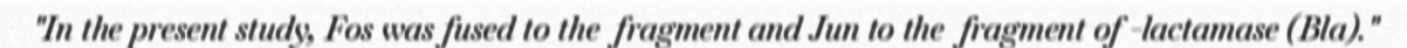
"In the present study, Fos was fused to the  fragment and Jun to the  fragment of -lactamase (Bla)."